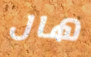
هال